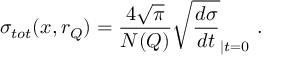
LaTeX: \sigma _ { t o t } ( x , r _ { Q } ) = \frac { 4 \sqrt { \pi } } { N ( Q ) } \sqrt { \frac { d \sigma } { d t } } _ { | t = 0 } \ .